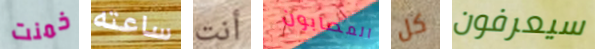
خمنت ساعته أنت المصابون كل سيعرفون